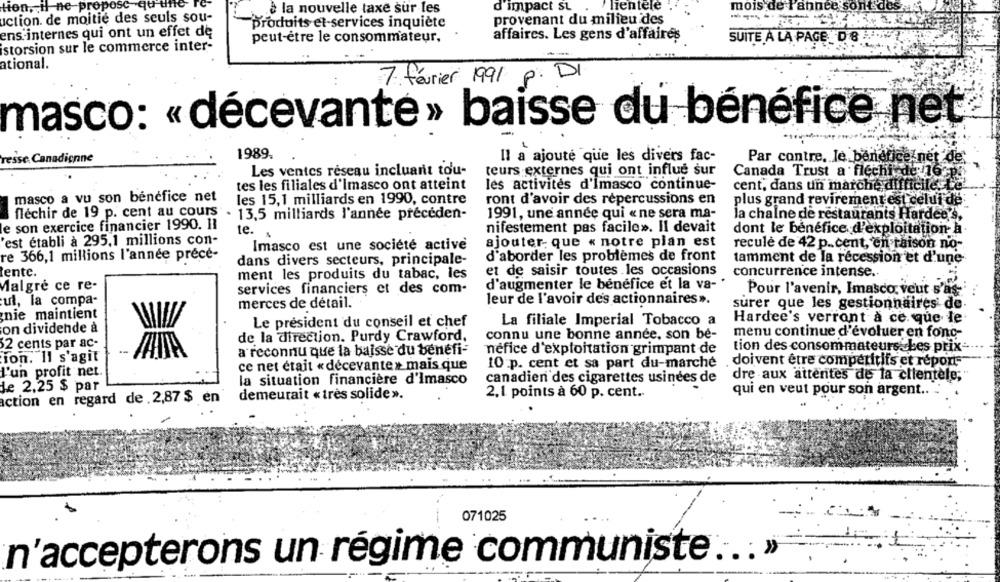
tion, il ne propose qu'unle
la nouvelle taxe sur les
d'impact st
lientele
mois de l'année sont des
uction. de moitie des seuls sou-
provenant du milieu des
produits et-services inquiète
ens'internes qui ont un effet de
peut-être le consommateur.
affaires. Les gens d'affaires
SUITE À LA PAGE_D 8
istorsion sur le commerce inter-
ational.
7 février 1991 p. DI
masco: « décevante » baisse du bénéfice net
1989.
resse. Canadienne
Il a ajouté que les divers fac-
Par contre, Je benefice net de
Les ventes réseau incluant tou-
teurs externes qui ont influe sur
Canada Trust a flechiede 16 23
tes les filiales d'Imasco ont atteint
les activités d'Imasco continue-
cent, dans un marche difficilesL'e
masco a vu son bénéfice net
les 15,1 milliards en 1990, contre
ront d'avoir des répercussions en
plus grand revirement est celui de
fléchir de 19 p. cent au cours
13,5 milliards l'année preceden-
1991, une année qui « ne sera ma-
la chaine de restaurants Hardees,
le son exercice financier 1990. 11
nifestement pas facile». Il devait
dont le bénéfice d'exploitation- à
te.
est établi à 295,1 millions con-
ajouter- que « notre plan est
recule de 42 p.cent, en raison no-
Imasco est une société active
re 366,1 millions l'année précé-
dans divers secteurs, principale-
d'aborder les problèmes de front
tamment de la récession et d'une
lente.
et de saisir toutes .les occasions
concurrence intense.
ment les produits du tabac, les
Malgré ce re-
services financiers et des com-
d'augmenter le bénéfice et la va-
Pour l'avenir, Imasco. veut s'as-
ul, la compa-
leur de l'avoir des actionnaires ».
merces de détail.
surer que les gestionnaires de
nie maintient
Le président du conseil et chef
La filiale Imperial Tobacco a
Hardee's verront a ce que le
on dividende à
connu une bonne année, son be-
menu continue d'évoluer en fonc-
de la direction. Purdy Crawford,
2 cents par ac-
a reconnu que la baisse du benefi-
néfice d'exploitation grimpant de
tion des consommateurs bes prix-
Ton. Il s'agit
ce net était « décevante» mais que
10 :p. cent et sa part du-marche
doivent être compétitifs et répont-
l'un profit net
dre aux attentes de la clientèle;
la situation financière d'imasco
canadien des cigarettes usinées de
de 2,25 $ par
demeurait « très solide ».
2.1 points à 60 p. cent ..
qui en veut pour son argent .. ..
action en regard de 2,87 $ en
071025
n'accepterons un régime communiste ... »